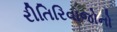
રીતિરિવાજોનો